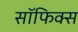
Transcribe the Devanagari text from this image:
सॉफिक्स